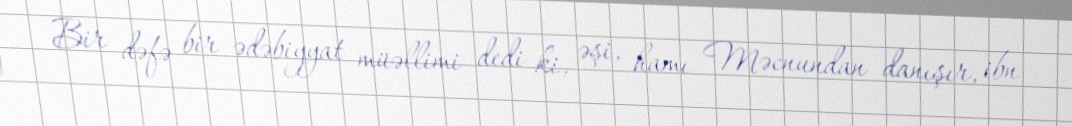
Bir dəfə bir ədəbiyyat müəllimi dedi ki, əşi, hamı Məcnundan danışır, ibn